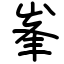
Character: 峯